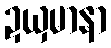
ဍယှမာနာ